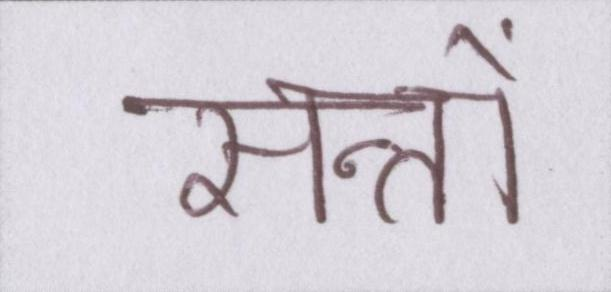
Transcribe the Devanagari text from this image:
सन्तों